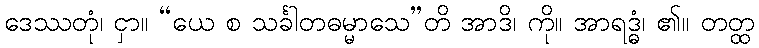
ဒေဿတုံ၊ ငှာ။ “ယေ စ သင်္ခါတဓမ္မာသေ”တိ အာဒိ၊ ကို။ အာရဒ္ဓံ၊ ၏။ တတ္ထ